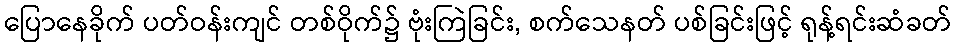
ပြောနေခိုက် ပတ်ဝန်းကျင် တစ်ဝိုက်၌ ဗုံးကြဲခြင်း, စက်သေနတ် ပစ်ခြင်းဖြင့် ရုန့်ရင်းဆံခတ်